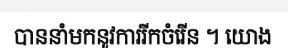
បាននាំមកនូវការរីកចំរើន ។ យោង